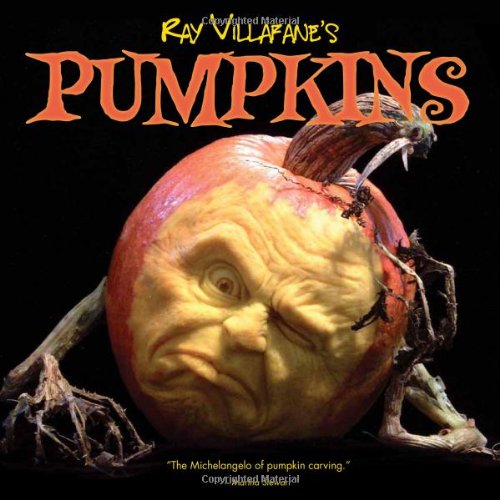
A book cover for Ray Villafane's Pumpkins; Ray Villafane; Crafts, Hobbies & Home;